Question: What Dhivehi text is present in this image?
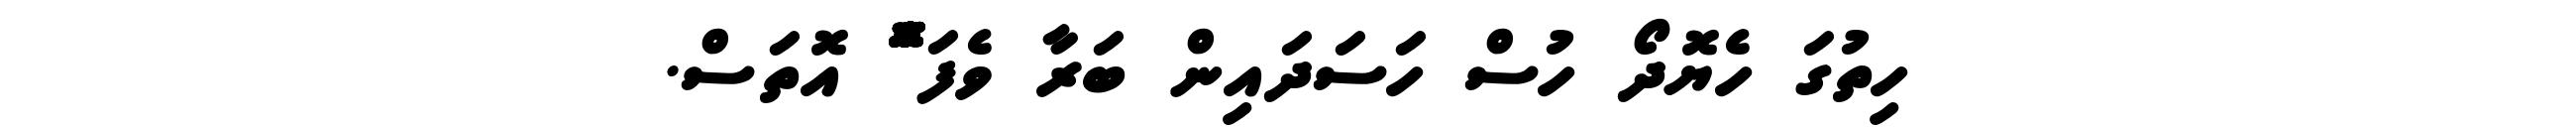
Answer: ހިތުގަ ހެޔޮދޯ ހުސް ހަސަދައިން ބަރާ ވެފަ ްްްްްްްްޮްްްްްްްްްްްްްްްްޮްްްްްްްްްްްްްްްްޮްްްްްްްްްްްްްްްްޮްްްް އޮތަސް.